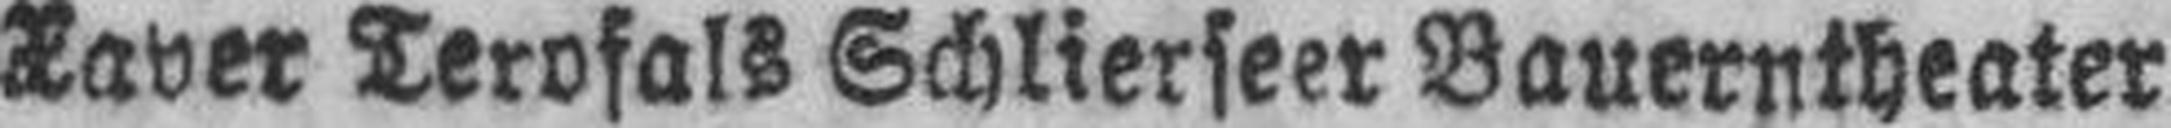
Xaver Terofals Schlierseer Bauerntheater